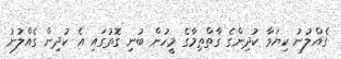
ގެއްލުނު ކިޔަވާ ކުދިންގެ ގާތްތިމާގެ މީހުން ބުނި ގޮތުގައި އެ ކުދިން ގެއްލުނު